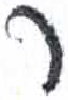
אות: ר